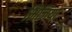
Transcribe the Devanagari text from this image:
भिजिया